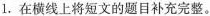
1.在横线上将短文的题目补充完整。